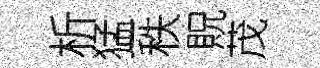
析猛秩貺茂